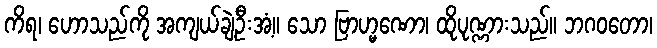
ကိရ၊ ဟောသည်ကို အကျယ်ချဲ့ဦးအံ့။ သော ဗြာဟ္မဏော၊ ထိုပုဏ္ဏားသည်။ ဘဂဝတော၊